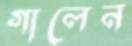
গালেন